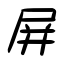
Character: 屏